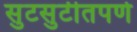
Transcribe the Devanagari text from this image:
सुटसुटीतपणे